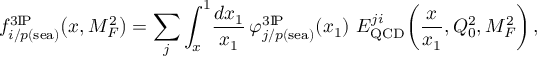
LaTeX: f _ { i / p ( \mathrm { s e a } ) } ^ { 3 \mathrm { I } \! \mathrm { P } } \! \left( x , M _ { F } ^ { 2 } \right) = \sum _ { j } \int _ { x } ^ { 1 } \! \frac { d x _ { 1 } } { x _ { 1 } } \, \varphi _ { j / p ( \mathrm { s e a } ) } ^ { 3 \mathrm { I } \! \mathrm { P } } \! \left( x _ { 1 } \right) \, E _ { \mathrm { Q C D } } ^ { j i } \! \left( \frac { x } { x _ { 1 } } , Q _ { 0 } ^ { 2 } , M _ { F } ^ { 2 } \right) ,